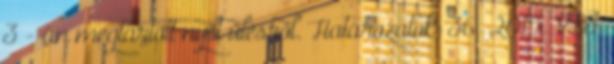
3 - án megtartott nyílt ülésről. Határozatok: 36 2015. VI.3.